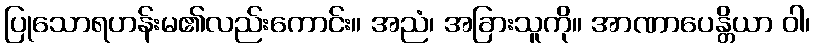
ပြုသောရဟန်းမ၏လည်းကောင်း။ အညံ၊ အခြားသူကို။ အာဏာပေန္တိယာ ဝါ၊